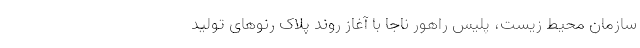
سازمان محیط زیست، پلیس راهور‌ ناجا با آغاز روند پلاک رنوهای تولید